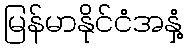
မြန်မာနိုင်ငံအနှံ့